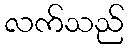
လက်သည်